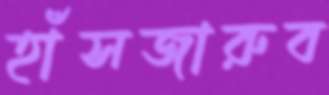
হাঁসজারুব